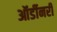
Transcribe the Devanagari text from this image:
ऑर्डीनरी